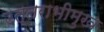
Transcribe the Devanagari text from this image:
उत्तराभीमुख